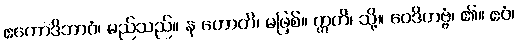
ဧကောဒိဘာဝံ၊ မည်သည်။ န ဟောတိ၊ မဖြစ်။ ဣတိ၊ သို့။ ဝေဒိတဗ္ဗံ၊ ၏။ ဧဝံ၊